Papaver somniferum - Opium : an extract from the sixth volume of the Dictionary of Economic Products of India
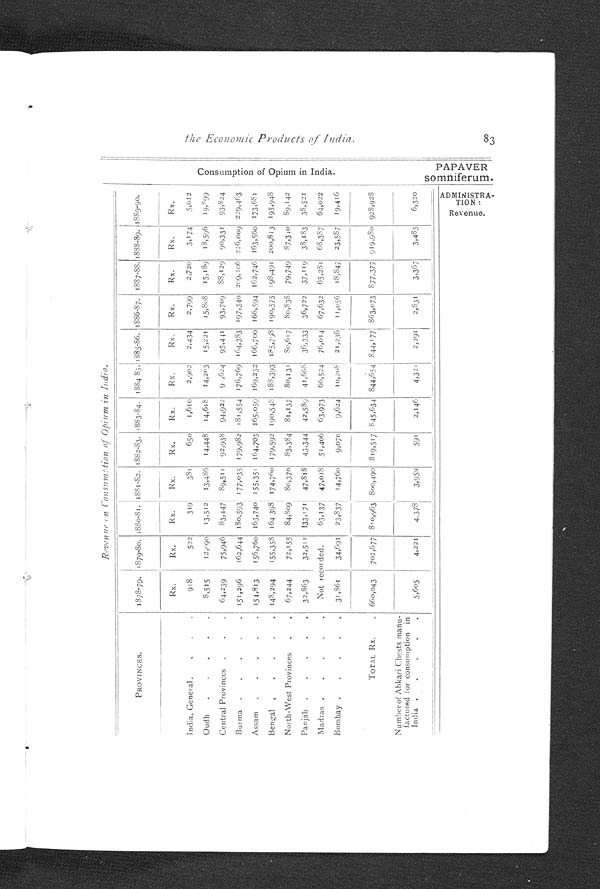
C o n s u m p t i o n o f O p i o m i , i n I n d i a .
Revenue on Consumption of Opium in India.
PROVINCES.
1878-79.
1879-80
1 8 7 9 - 8 0
1881-82 1882-83.
1 8 8 3 - 8 4
1884 85.
1 8 8 5 - 8 6 . 1886-87. 1887-88.
1 8 8 8 - 8 9
1 8 8 9 - 9 0 .
Rx.
Rx.
Rx.
Rx.
Rx.
Rx.
Rx.
Rx.
Rx.
Rx.
Rx.
Rx.
India, General.
918
522
319
381
650
1,610
2,902
2,434
2,799
2,720
3,174
5,012
Oudh
8,515
12,090
13,512
13,486
14,448
14,618
14,203
15,221
15,808
15,189
18,596
19,899
Central Provinces
64,239 I 75,946
83,447
89,511
92,938
94,922
94,624 95,441
93,709 88,129
90,331
93,824
Burma
151 ,2 96
162,6 44 180,593 177,035 1 7 9, 982 181,554 176,769 164,383 197,340 209,106 226,009 229,463
Assam
154,813
156,760 163,740 155,351 164,703 165,059 169,232 166,700 166,594 162,746 163,560 173,681
Bengal
148,294
155,358 164 398 174 '
160 179,592 190,548 188,393 185,798 190,575 198,491 200 , 8 13 195,948
North-West Provinces
67,244
72,155
84,809 80,370 83,384 81,137 80,13 1
80,617 80,833
79,749 87,340 89,142
Panjáb
32,863
32,511 133,171 47,818 43,344 42,589
41,668
36 ,333
3 6,7 22
37,119
38,183 38,521
Madras
Not recorded.
63,1371 47,018 51, 406 63 , 973
66,52 4
76,014 67,632 65,251
68,387 64,022
Bombay
31, 861
34,691
3 , 8 3 7
1 4,7 60
9, 0 7 0
9,624
10,208
21,236
11,056
18,847
23,587
19,416
TOTAL Rx,
660,043
702,677 810,963 800,490 819,517 845,634 844,654 8 44,177 S6 3,073 877,377 919,980 928,928
Number of Abkari Chests manu-
factured tor consumption in
India
5,605
4,221
4,378
3,959
591
2,146
4,321
2,291
2,831
3,367
3,485
6,320